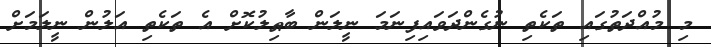
މި މުއްދަތުގައި ތަކެތި ނުގެންދަވައިފިނަމަ ނީލަން ބާޠިލުކޮށް އެ ތަކެތި އަލުން ނީލަމަށް